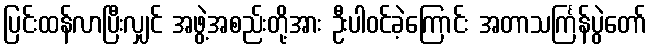
ပြင်းထန်လာပြီးလျှင် အဖွဲ့အစည်းတို့အား ဦးပါဝင်ခဲ့ကြောင်း အတာသင်္ကြန်ပွဲတော်